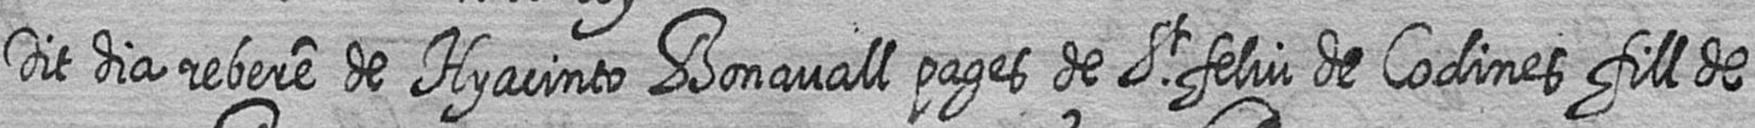
Dit dia rebere de Hyacinto Bonavall pages de St feliu de Codines fill de